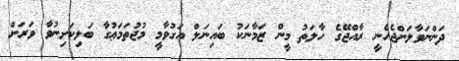
ދަންނަވާލަންޖެހެނީ ރާއްޖޭގެ ހާލަތު މީން ޒަމާނަކު ބައިނަލް އަގުވާމީ މުޖުތަމަޢުގާ ބަލިކަށިނުވާ ވަރަށް